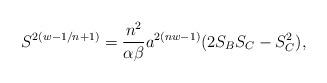
LaTeX: \begin{align*}S^{2(w-1/n+1)}={n^2\over{\alpha\beta}}a^{2(nw-1)}(2S_BS_C-S^2_C),\end{align*}